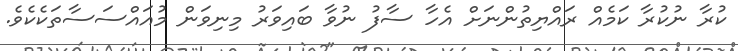
ކުރާ ނުކުރާ ކަމެއް ރައްޔިތުންނަށް އެހާ ސާފު ނުވާ ބައިވަރު މިނިވަން މުއައްސަސާތަކެކެވެ.